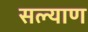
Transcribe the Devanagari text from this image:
सल्याण